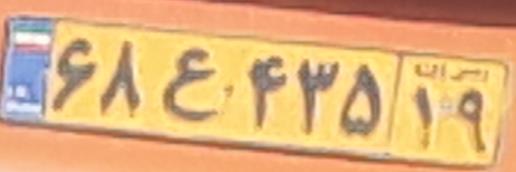
۶۸ع۴۳۵۱۹